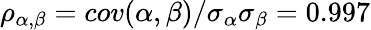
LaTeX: \rho_{\alpha,\beta}=cov(\alpha,\beta)/\sigma_{\alpha}\sigma_{\beta}=0.997